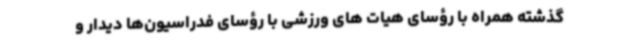
گذشته همراه با رؤسای هیات های ورزشی با رؤسای فدراسیون‌ها دیدار و